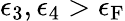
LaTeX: \epsilon_{3},\epsilon_{4}>\epsilon_{\mathrm{{F}}}